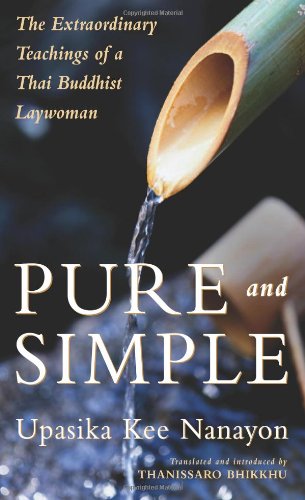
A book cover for Pure and Simple: The Extraordinary Teachings of a Thai Buddhist Laywoman; Upasika Kee Nanayon; Religion & Spirituality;